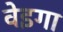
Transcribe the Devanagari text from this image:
वेइगा